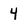
Character: 4